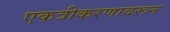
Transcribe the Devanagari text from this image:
एकत्रीकरणावरून